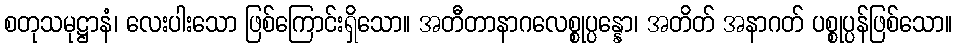
စတုသမုဋ္ဌာနံ၊ လေးပါးသော ဖြစ်ကြောင်းရှိသော။ အတီတာနာဂလေစ္စုပ္ပန္နော၊ အတိတ် အနာဂတ် ပစ္စုပ္ပန်ဖြစ်သော။